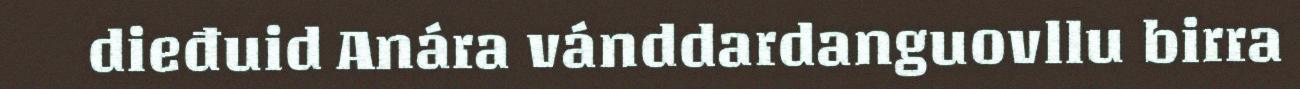
dieđuid Anára vánddardanguovllu birra